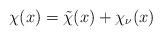
LaTeX: \begin{align*}\chi(x)=\tilde{\chi}(x)+\chi_{\nu}(x)\end{align*}